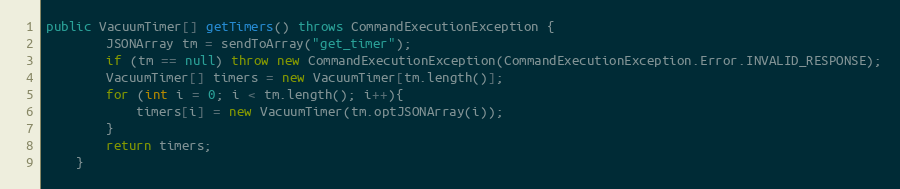
Language: Java
public VacuumTimer[] getTimers() throws CommandExecutionException {
        JSONArray tm = sendToArray("get_timer");
        if (tm == null) throw new CommandExecutionException(CommandExecutionException.Error.INVALID_RESPONSE);
        VacuumTimer[] timers = new VacuumTimer[tm.length()];
        for (int i = 0; i < tm.length(); i++){
            timers[i] = new VacuumTimer(tm.optJSONArray(i));
        }
        return timers;
    }